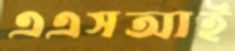
এএসআই